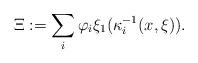
LaTeX: \begin{align*}\Xi:=\sum_i\varphi_i \xi_1(\kappa_i^{-1}(x,\xi)).\end{align*}